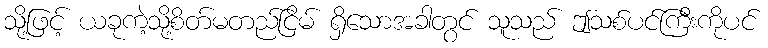
သို့ဖြင့် ယခုကဲ့သို့စိတ်မတည်ငြိမ် ရှိသောအခါတွင် သူသည် ဤသစ်ပင်ကြီးကိုပင်